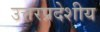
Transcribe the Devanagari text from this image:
उत्तरप्रदेशीय